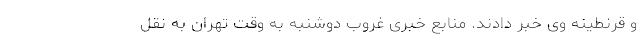
و قرنطینه وی خبر دادند. منابع خبری غروب دوشنبه به وقت تهران به نقل